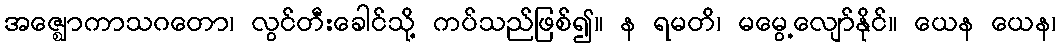
အဇ္ဈောကာသဂတော၊ လွင်တီးခေါင်သို့ ကပ်သည်ဖြစ်၍။ န ရမတိ၊ မမွေ့လျော်နိုင်။ ယေန ယေန၊